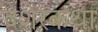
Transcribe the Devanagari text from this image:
देशेरकथा